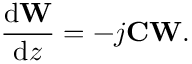
\frac { \mathrm { d } \mathrm { \bf W } } { \mathrm { d } z } = - j \mathrm { \bf C W . }